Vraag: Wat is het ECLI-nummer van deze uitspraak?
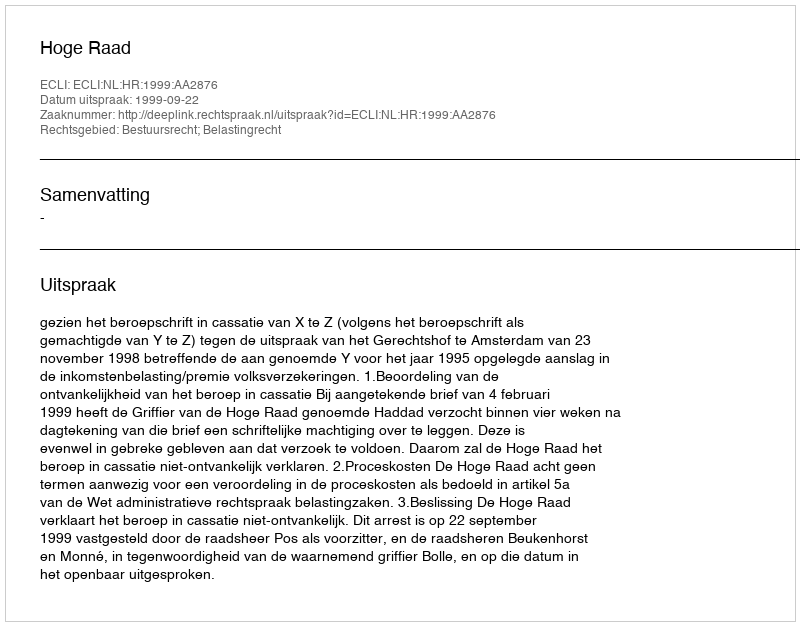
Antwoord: ECLI:NL:HR:1999:AA2876